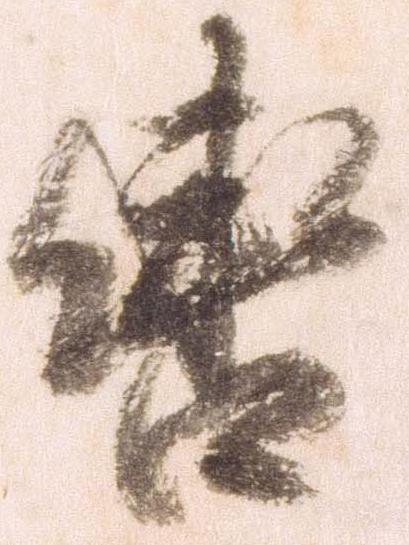
轡